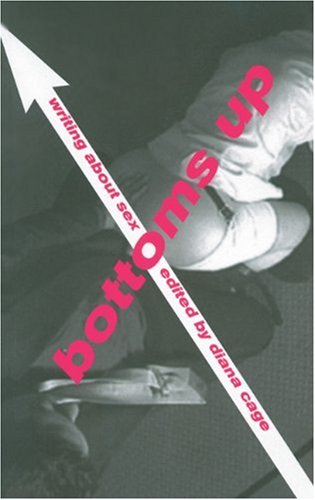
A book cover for Bottoms Up: Writing About Sex; Romance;